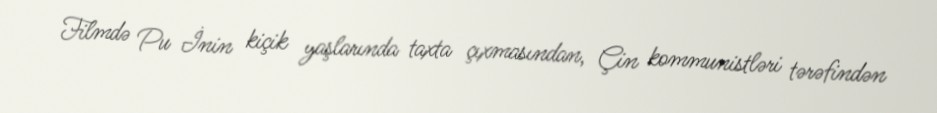
Filmdə Pu İnin kiçik yaşlarında taxta çıxmasından, Çin kommunistləri tərəfindən